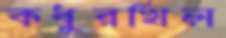
কধুরখিল